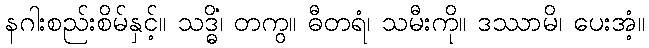
နဂါးစည်းစိမ်နှင့်။ သဒ္ဓိံ၊ တကွ။ ဓီတရံ၊ သမီးကို။ ဒဿာမိ၊ ပေးအံ့။